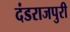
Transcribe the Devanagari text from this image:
दंडराजपुरी